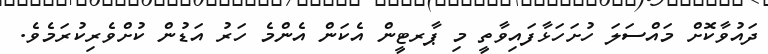
ދައުވާކޮށް މައްސަލަ ހުށަހަޅާފައިވާތީ މި ޕާރޓީން އެކަން އެންމެ ހަރު އަޑުން ކުށްވެރިކުރަމެވެ.